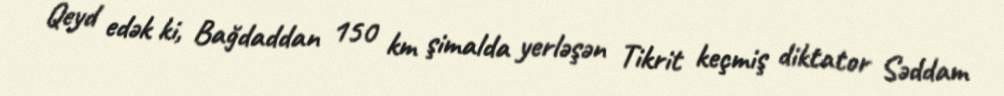
Qeyd edək ki, Bağdaddan 150 km şimalda yerləşən Tikrit keçmiş diktator Səddam